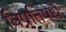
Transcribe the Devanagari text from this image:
विप्रतिषेधे